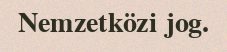
Nemzetközi jog.